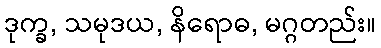
ဒုက္ခ, သမုဒယ, နိရောဓ, မဂ္ဂတည်း။